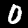
Label: 0